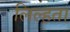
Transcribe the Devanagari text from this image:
लिल्हता